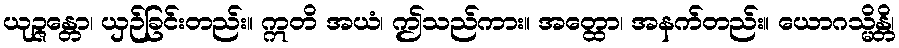
ယုဉ္ဇန္တော၊ ယှဉ်ခြင်းတည်း။ ဣတိ အယံ၊ ဤသည်ကား။ အတ္ထော၊ အနက်တည်း။ ယောဂသ္မိန္တိ၊